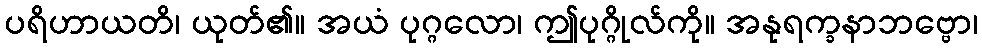
ပရိဟာယတိ၊ ယုတ်၏။ အယံ ပုဂ္ဂလော၊ ဤပုဂ္ဂိုလ်ကို။ အနုရက္ခနာဘဗ္ဗော၊